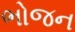
ભોજન